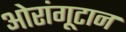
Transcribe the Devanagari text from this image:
ओरांगूटान